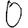
Digit: 0